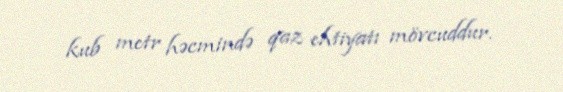
kub metr həcmində qaz ehtiyatı mövcuddur.